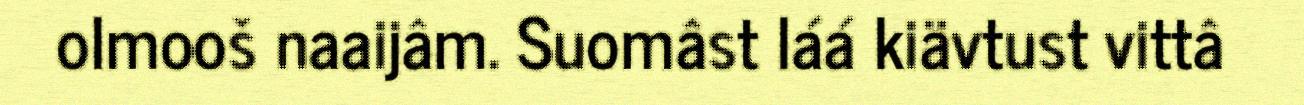
olmooš naaijâm. Suomâst láá kiävtust vittâ